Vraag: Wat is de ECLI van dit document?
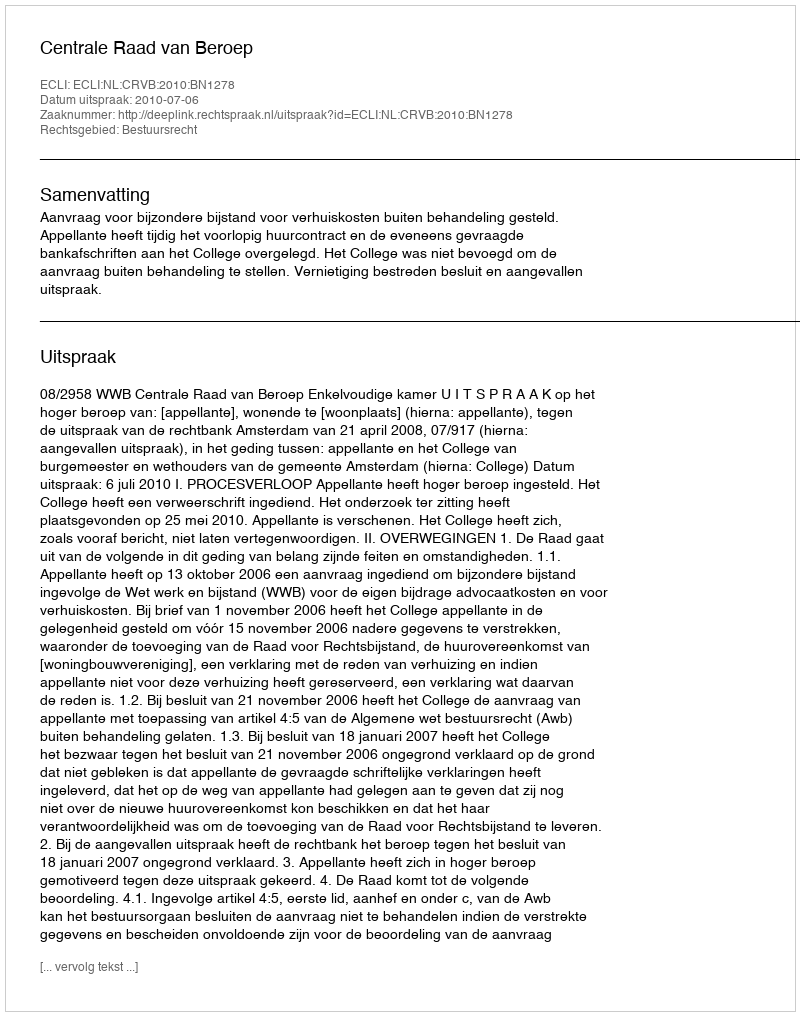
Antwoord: ECLI:NL:CRVB:2010:BN1278